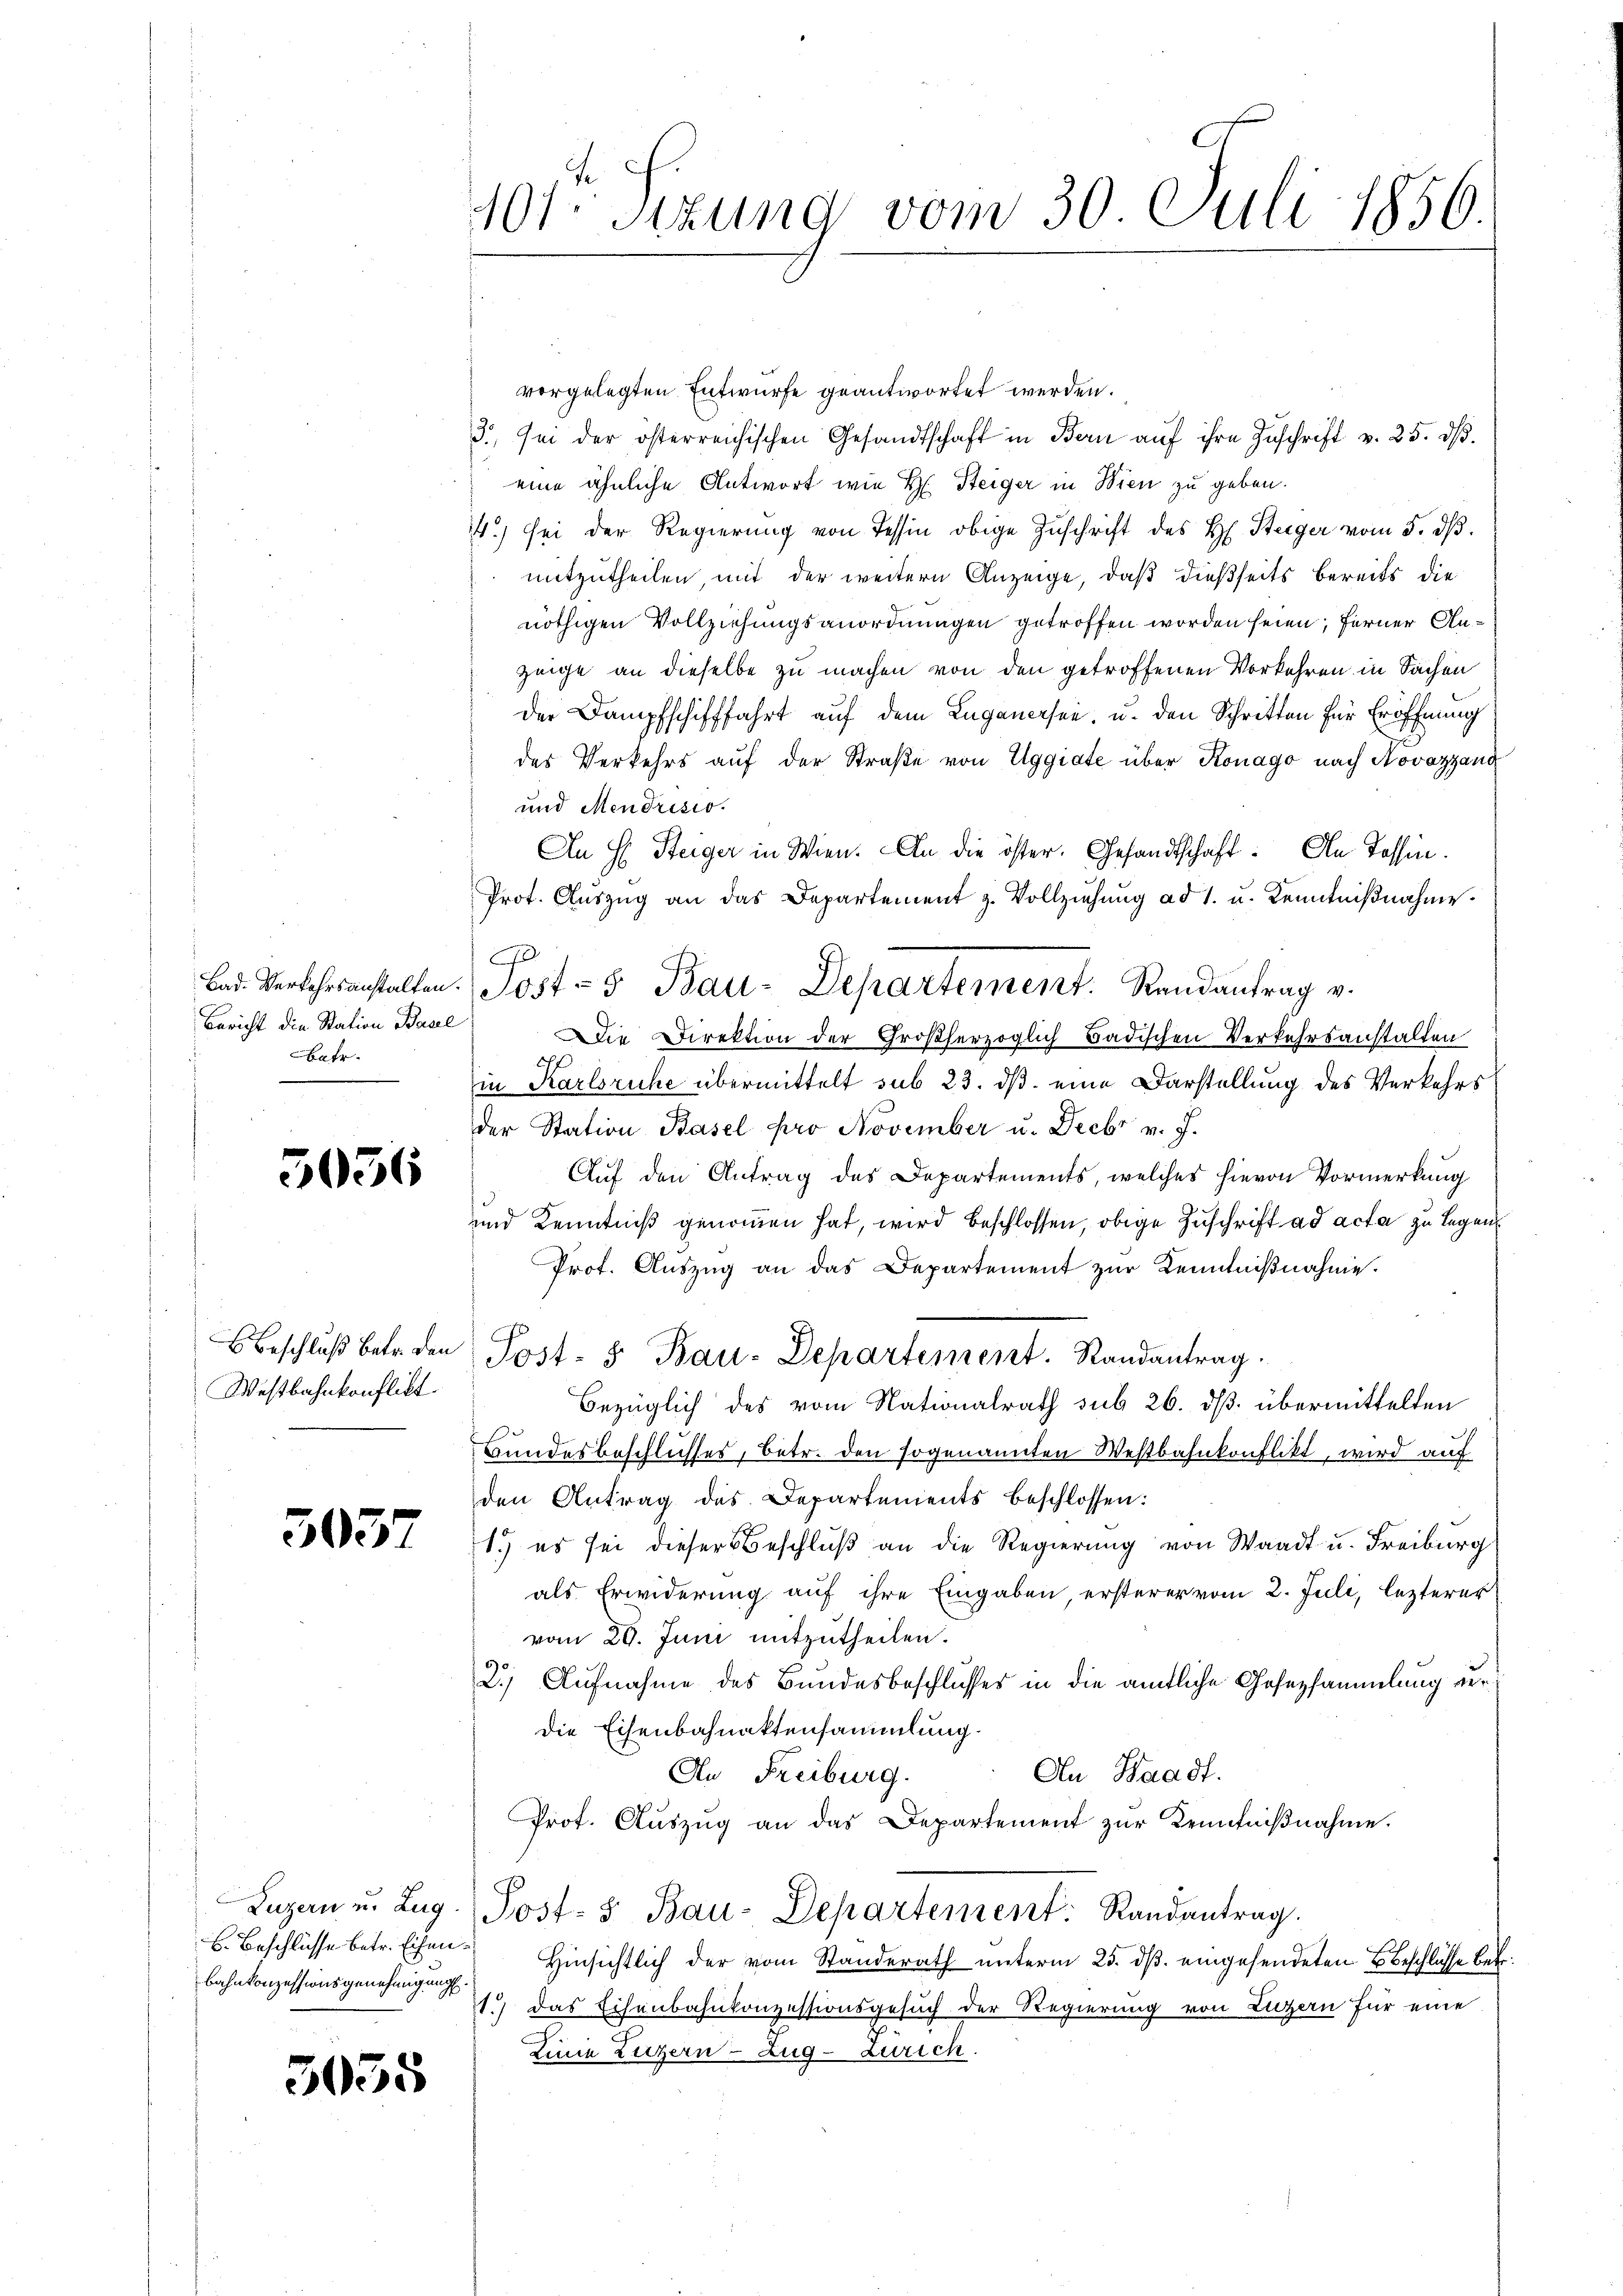
Bericht die Station Base
Batr.

5056

Beschluß betr. den
Westbahnkonflikt

3037

3055

10sten Sizung vom 30. Juli 1856.

Luzern u. Zug.
E. Beschlüsse betr. Eisenbahnkonzessionsgenehmigung.

vorgelegten Entwurfe geantwortet werden.
3. sei der österreichischen Gesandtschaft in Bern auf ihre Zuschrift v. 25. ds.
eine ähnliche Antwort wie H. Steiger in Wien zu geben.
4.) Sei der Regierung von Tessin obige Zuschrift des H. Steiger vom 5. dβ.
mitzutheilen, mit der weitern Anzeige, daß dießseits bereits die
nöthigen Vollziehungsanordnungen getroffen worden seien; ferner Anzeige an dieselbe zu machen von den getroffenen Vorkehren in Sachen
der Dampfschifffahrt auf dem Luganersee, u. den Schritten für Eröffnung
des Verkehrs auf der Straße von Eggiate über Konago nach Novazzand
und Mendrisio
An H. Steiger in Wien. An die öster. Gesandtschaft. In Tessin.
Prot. Auszug an das Departement z. Vollziehung ad 1. u. Kenntnißnahme
9
Die Direktion der Großherzoglich Badischen Verkehrsanstalten
in Karlsruhe übermittelt sub 23. ds. eine Darstellung des Verkehrs
der Station Basel pro November u. Decbr v. J.
Auf den Antrag des Departements, welches hievon Vormerkung
und Kenntniß genommen hat, wird beschlossen, obige Zuschrift ad acta zu legen
Prot. Auszug an das Departement zur Kenntnißnahme.
Post- u Bau-Departement. Randantrag.
bezüglich des vom Nationalrath sub 26. dß übermittelten
Bundesbeschlusses, betr. den sogenannten Westbahnkonflikt, wird auf
den Antrag des Departements beschlossen:
1.) es sei dieser Beschluß an die Regierung von Waadt u. Freiburg
als Erwiderung auf ihre Eingaben, ersterer vom 2. Juli, lezterer
vom 29. Juni mitzutheilen.
2.) Aufnahme des Bundesbeschlusses in die amtliche Gesezsammlung ver
die Eisenbahnaktensammlung.
An Waadt.
An Freiburg.
Prot. Aŭszŭg an das Departement zŭr Kenntniβnahme.
Post- & Bau-Departement: Randantrag.
Hinsichtlich der vom Standerath unterm 25. ds. eingesendeten Beschlüsse betr
1.) Das Eisenbahnkonzessionsgesuch der Regierung von Luzern für eine
Linie Luzern - Zug-Zürich

Bad. Verkehrsanstalten. Jost 5 Bau-Departement. Randantrag v.